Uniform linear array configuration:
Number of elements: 4
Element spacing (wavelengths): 0.75
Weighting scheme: exponential
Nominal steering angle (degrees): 0
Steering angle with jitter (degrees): -1.949
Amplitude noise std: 0.05
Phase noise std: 0.05

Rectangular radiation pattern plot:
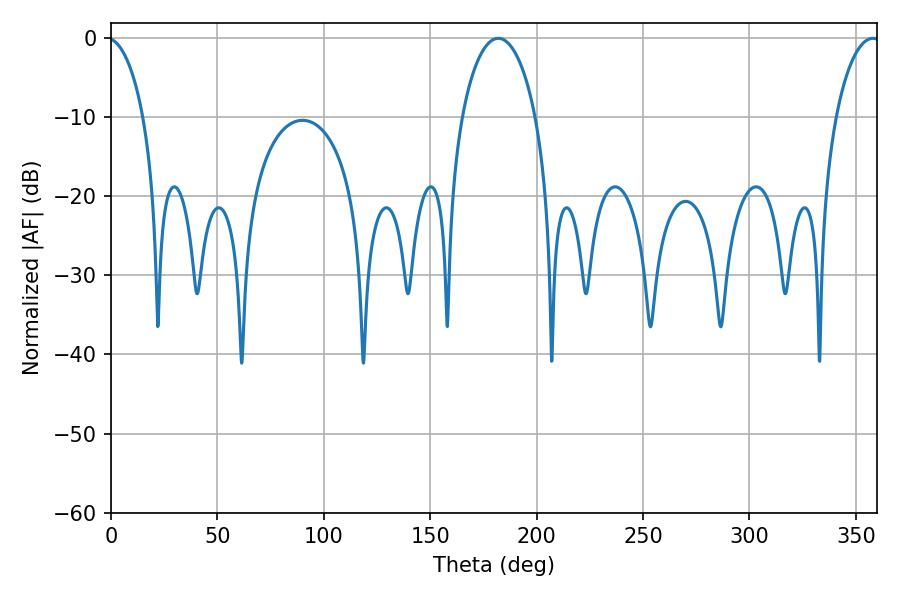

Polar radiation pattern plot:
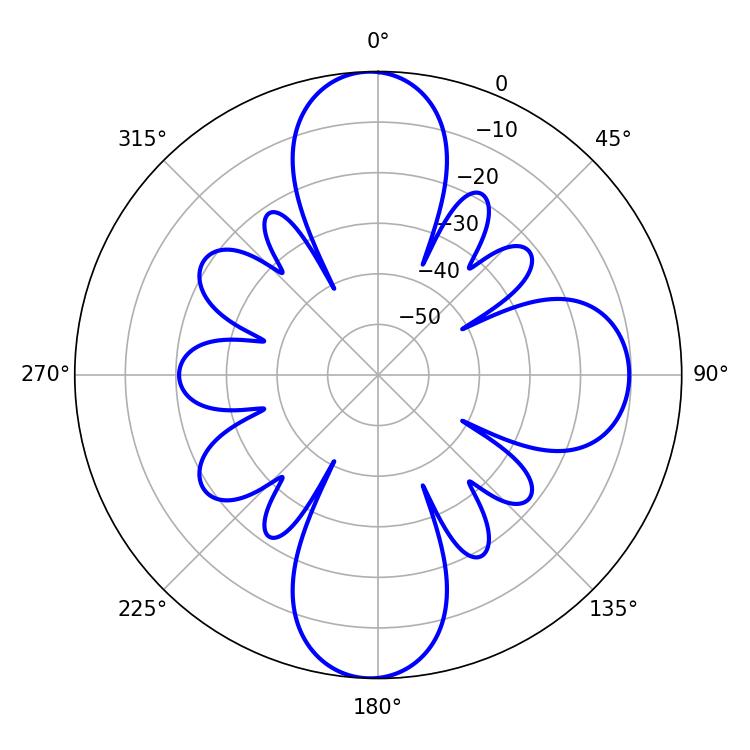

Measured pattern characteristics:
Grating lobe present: TRUE
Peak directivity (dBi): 21.992
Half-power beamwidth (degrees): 19.8
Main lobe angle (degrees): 181.98